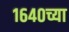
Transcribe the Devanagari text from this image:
१६४०च्या